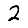
Digit: 2